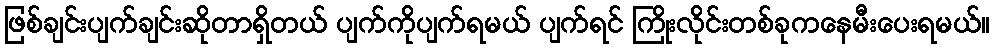
ဖြစ်ချင်းပျက်ချင်းဆိုတာရှိတယ် ပျက်ကိုပျက်ရမယ် ပျက်ရင် ကြိုးလိုင်းတစ်ခုကနေမီးပေးရမယ်။